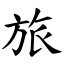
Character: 旅